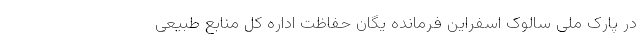
در پارک ملی سالوک اسفراین فرمانده یگان حفاظت اداره کل منابع طبیعی